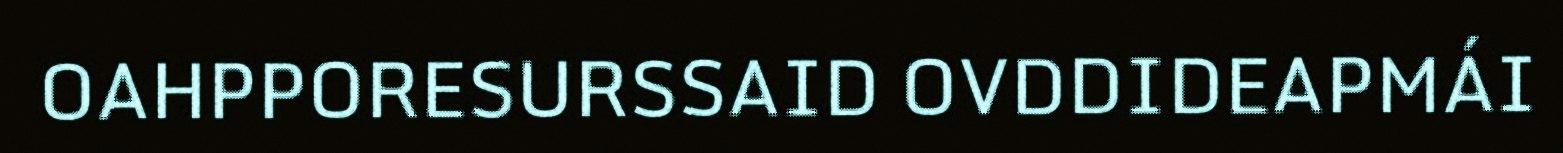
OAHPPORESURSSAID OVDDIDEAPMÁI